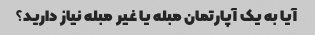
آیا به یک آپارتمان مبله یا غیر مبله نیاز دارید؟